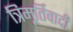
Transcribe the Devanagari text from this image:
त्रिमूर्तिवादी